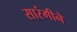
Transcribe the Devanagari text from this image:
सारंगीने